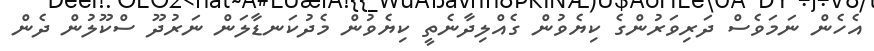
އެހެން ނަމަވެސް ދަރިވަރުންގެ ކިޔެވުން ގެއްލިދާނެތީ ކިޔެވުން މެދުކަނޑާލަން ނަރުދޫ ސްކޫލުން ދެން